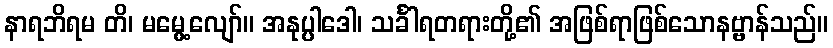
နာရဘိရမ တိ၊ မမွေ့လျော်။ အနုပ္ပါဒေါ၊ သင်္ခါရတရားတို့၏ အဖြစ်ရာဖြစ်သောနဗ္ဗာန်သည်။